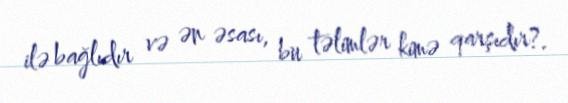
ilə bağlıdır və ən əsası, bu təlimlər kimə qarşıdır?.